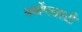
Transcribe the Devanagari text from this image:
थर्मोप्लास्टी